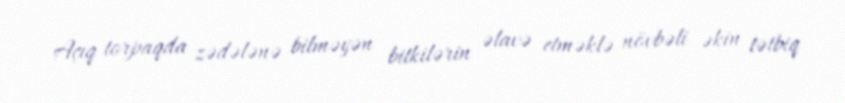
Açıq torpaqda zədələnə bilməyən bitkilərin əlavə etməklə növbəli əkin tətbiq